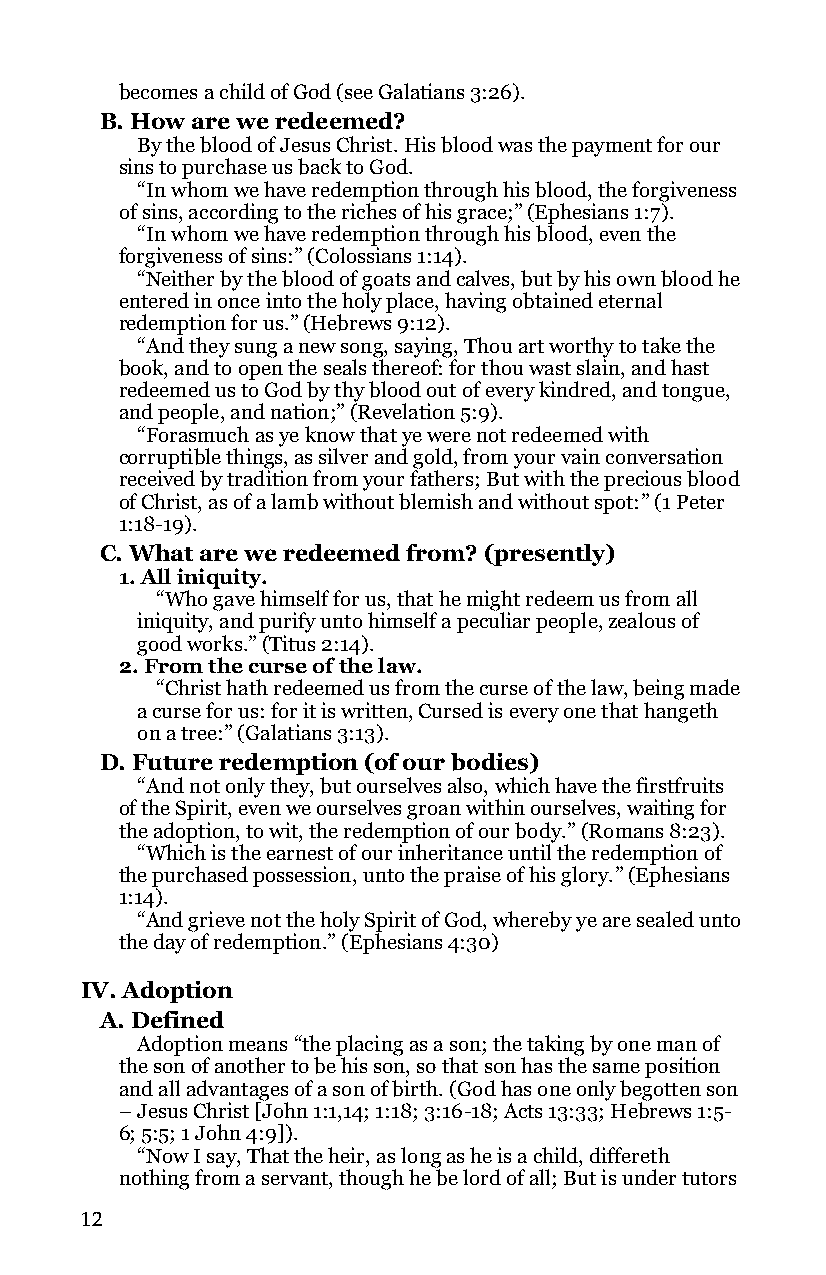
becomes a child of God (see Galatians 3:26).
 B. How are we redeemed?
 By the blood of Jesus Christ. His blood was the payment for our
 sins to purchase us back to God.
 “In whom we have redemption through his blood, the forgiveness
 of sins, according to the riches of his grace;” (Ephesians 1:7).
 “In whom we have redemption through his blood, even the
 forgiveness of sins:” (Colossians 1:14).
 “Neither by the blood of goats and calves, but by his own blood he
 entered in once into the holy place, having obtained eternal
 redemption for us.” (Hebrews 9:12).
 “And they sung a new song, saying, Thou art worthy to take the
 book, and to open the seals thereof: for thou wast slain, and hast
 redeemed us to God by thy blood out of every kindred, and tongue,
 and people, and nation;” (Revelation 5:9).
 “Forasmuch as ye know that ye were not redeemed with
 corruptible things, as silver and gold, from your vain conversation
 received by tradition from your fathers; But with the precious blood
 of Christ, as of a lamb without blemish and without spot:” (1 Peter
 1:18-19).
 C. What are we redeemed from? (presently)
 1. All iniquity.
 “Who gave himself for us, that he might redeem us from all
 iniquity, and purify unto himself a peculiar people, zealous of
 good works.” (Titus 2:14).
 2. From the curse of the law.
 “Christ hath redeemed us from the curse of the law, being made
 a curse for us: for it is written, Cursed is every one that hangeth
 on a tree:” (Galatians 3:13).
 D. Future redemption (of our bodies)
 “And not only they, but ourselves also, which have the firstfruits
 of the Spirit, even we ourselves groan within ourselves, waiting for
 the adoption, to wit, the redemption of our body.” (Romans 8:23).
 “Which is the earnest of our inheritance until the redemption of
 the purchased possession, unto the praise of his glory.” (Ephesians
 1:14).
 “And grieve not the holy Spirit of God, whereby ye are sealed unto
 the day of redemption.” (Ephesians 4:30)
 IV. Adoption
 A. Defined
 Adoption means “the placing as a son; the taking by one man of
 the son of another to be his son, so that son has the same position
 and all advantages of a son of birth. (God has one only begotten son
 – Jesus Christ [John 1:1,14; 1:18; 3:16-18; Acts 13:33; Hebrews 1:5-
 6; 5:5; 1 John 4:9]).
 “Now I say, That the heir, as long as he is a child, differeth
 nothing from a servant, though he be lord of all; But is under tutors
 12